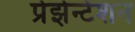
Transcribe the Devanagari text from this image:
प्रेझेन्टेशन